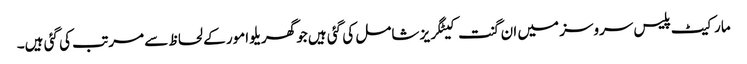
مارکیٹ پلیس سروسز میں ان گنت کیٹگریز شامل کی گئی ہیں جو گھریلو امور کے لحاظ سے مرتب کی گئی ہیں۔